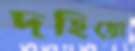
দহিয়ো